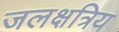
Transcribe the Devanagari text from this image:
जलक्षत्रिय